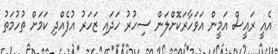
އެއީ ރައީސް އަމީން އަވަހާރަކޮށްލަން ސިހުރު ހަދައި ޒަހަރު އުފެއްދި ކަމަށް ތުހުމަތު